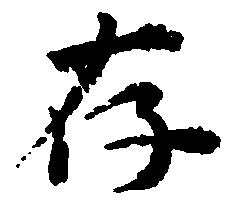
存